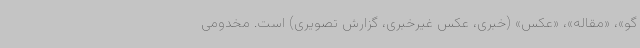
گو»، «مقاله»، «عکس» (خبری، عکس غیرخبری، گزارش تصویری) است. مخدومی